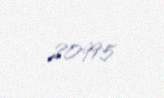
20995